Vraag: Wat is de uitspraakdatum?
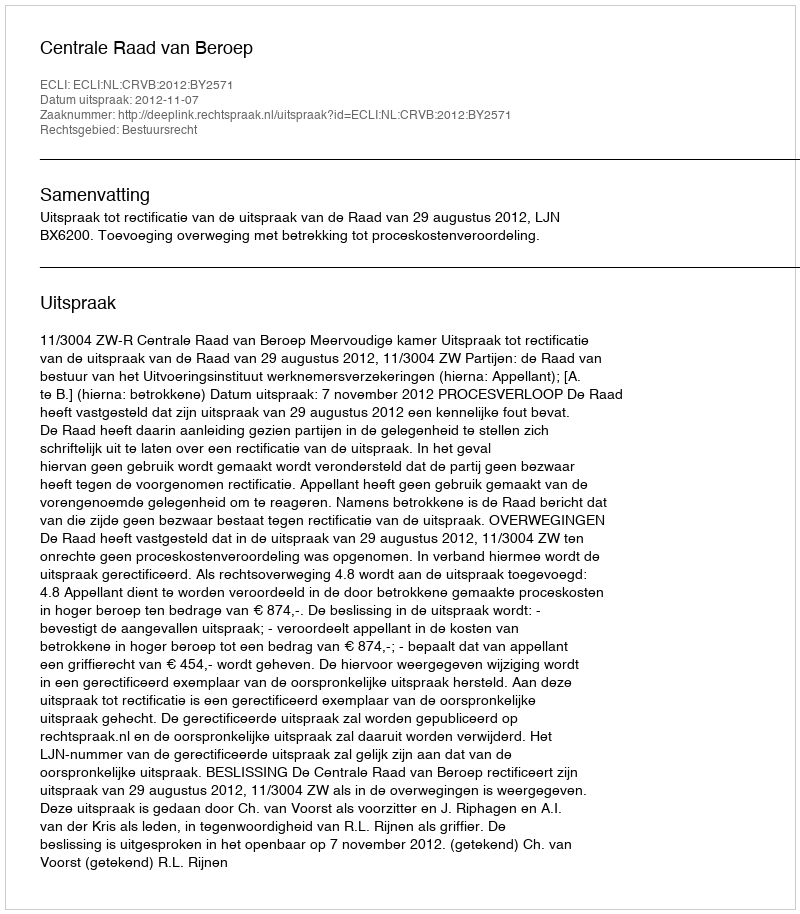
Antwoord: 2012-11-07